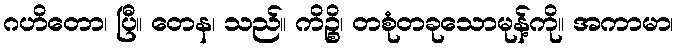
ဂဟိတော၊ ပြီ။ တေန၊ သည်။ ကိဉ္စိ၊ တစုံတခုသောမုန့်ကို။ အကာမာ၊